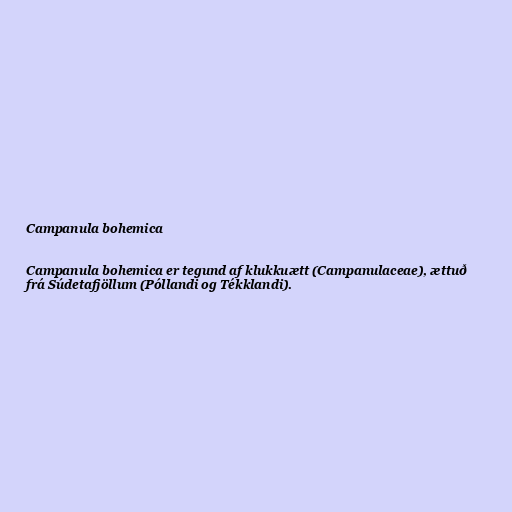
Campanula bohemica

Campanula bohemica er tegund af klukkuætt (Campanulaceae), ættuð
frá Súdetafjöllum (Póllandi og Tékklandi).